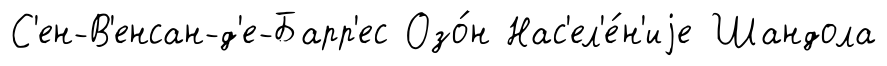
С'ен-В'енсан-д'е-Барр'ес Озо́н Нас'ел'е́н'иjе Шандола